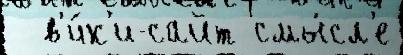
  в'и́к'и-сайт смы́сл'е